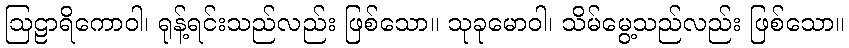
ဩဠာရိကောဝါ၊ ရုန့်ရင်းသည်လည်း ဖြစ်သော။ သုခုမောဝါ၊ သိမ်မွေ့သည်လည်း ဖြစ်သော။